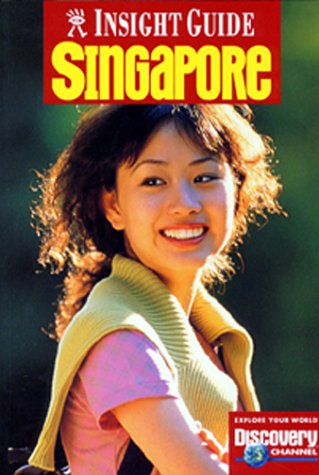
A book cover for Singapore (Insight City Guide Singapore); Insight Guides; Travel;